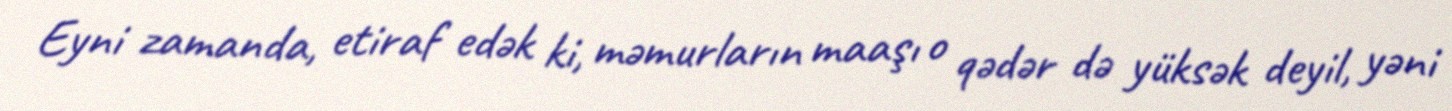
Eyni zamanda, etiraf edək ki, məmurların maaşı o qədər də yüksək deyil, yəni